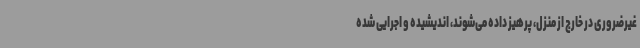
غیرضروری در خارج از منزل، پرهیز داده می‌شوند، اندیشیده و اجرایی شده